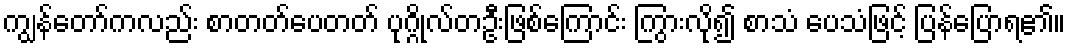
ကျွန်တော်ကလည်း စာတတ်ပေတတ် ပုဂ္ဂိုလ်တဦးဖြစ်ကြောင်း ကြွားလို၍ စာသံ ပေသံဖြင့် ပြန်ပြောရ၏။